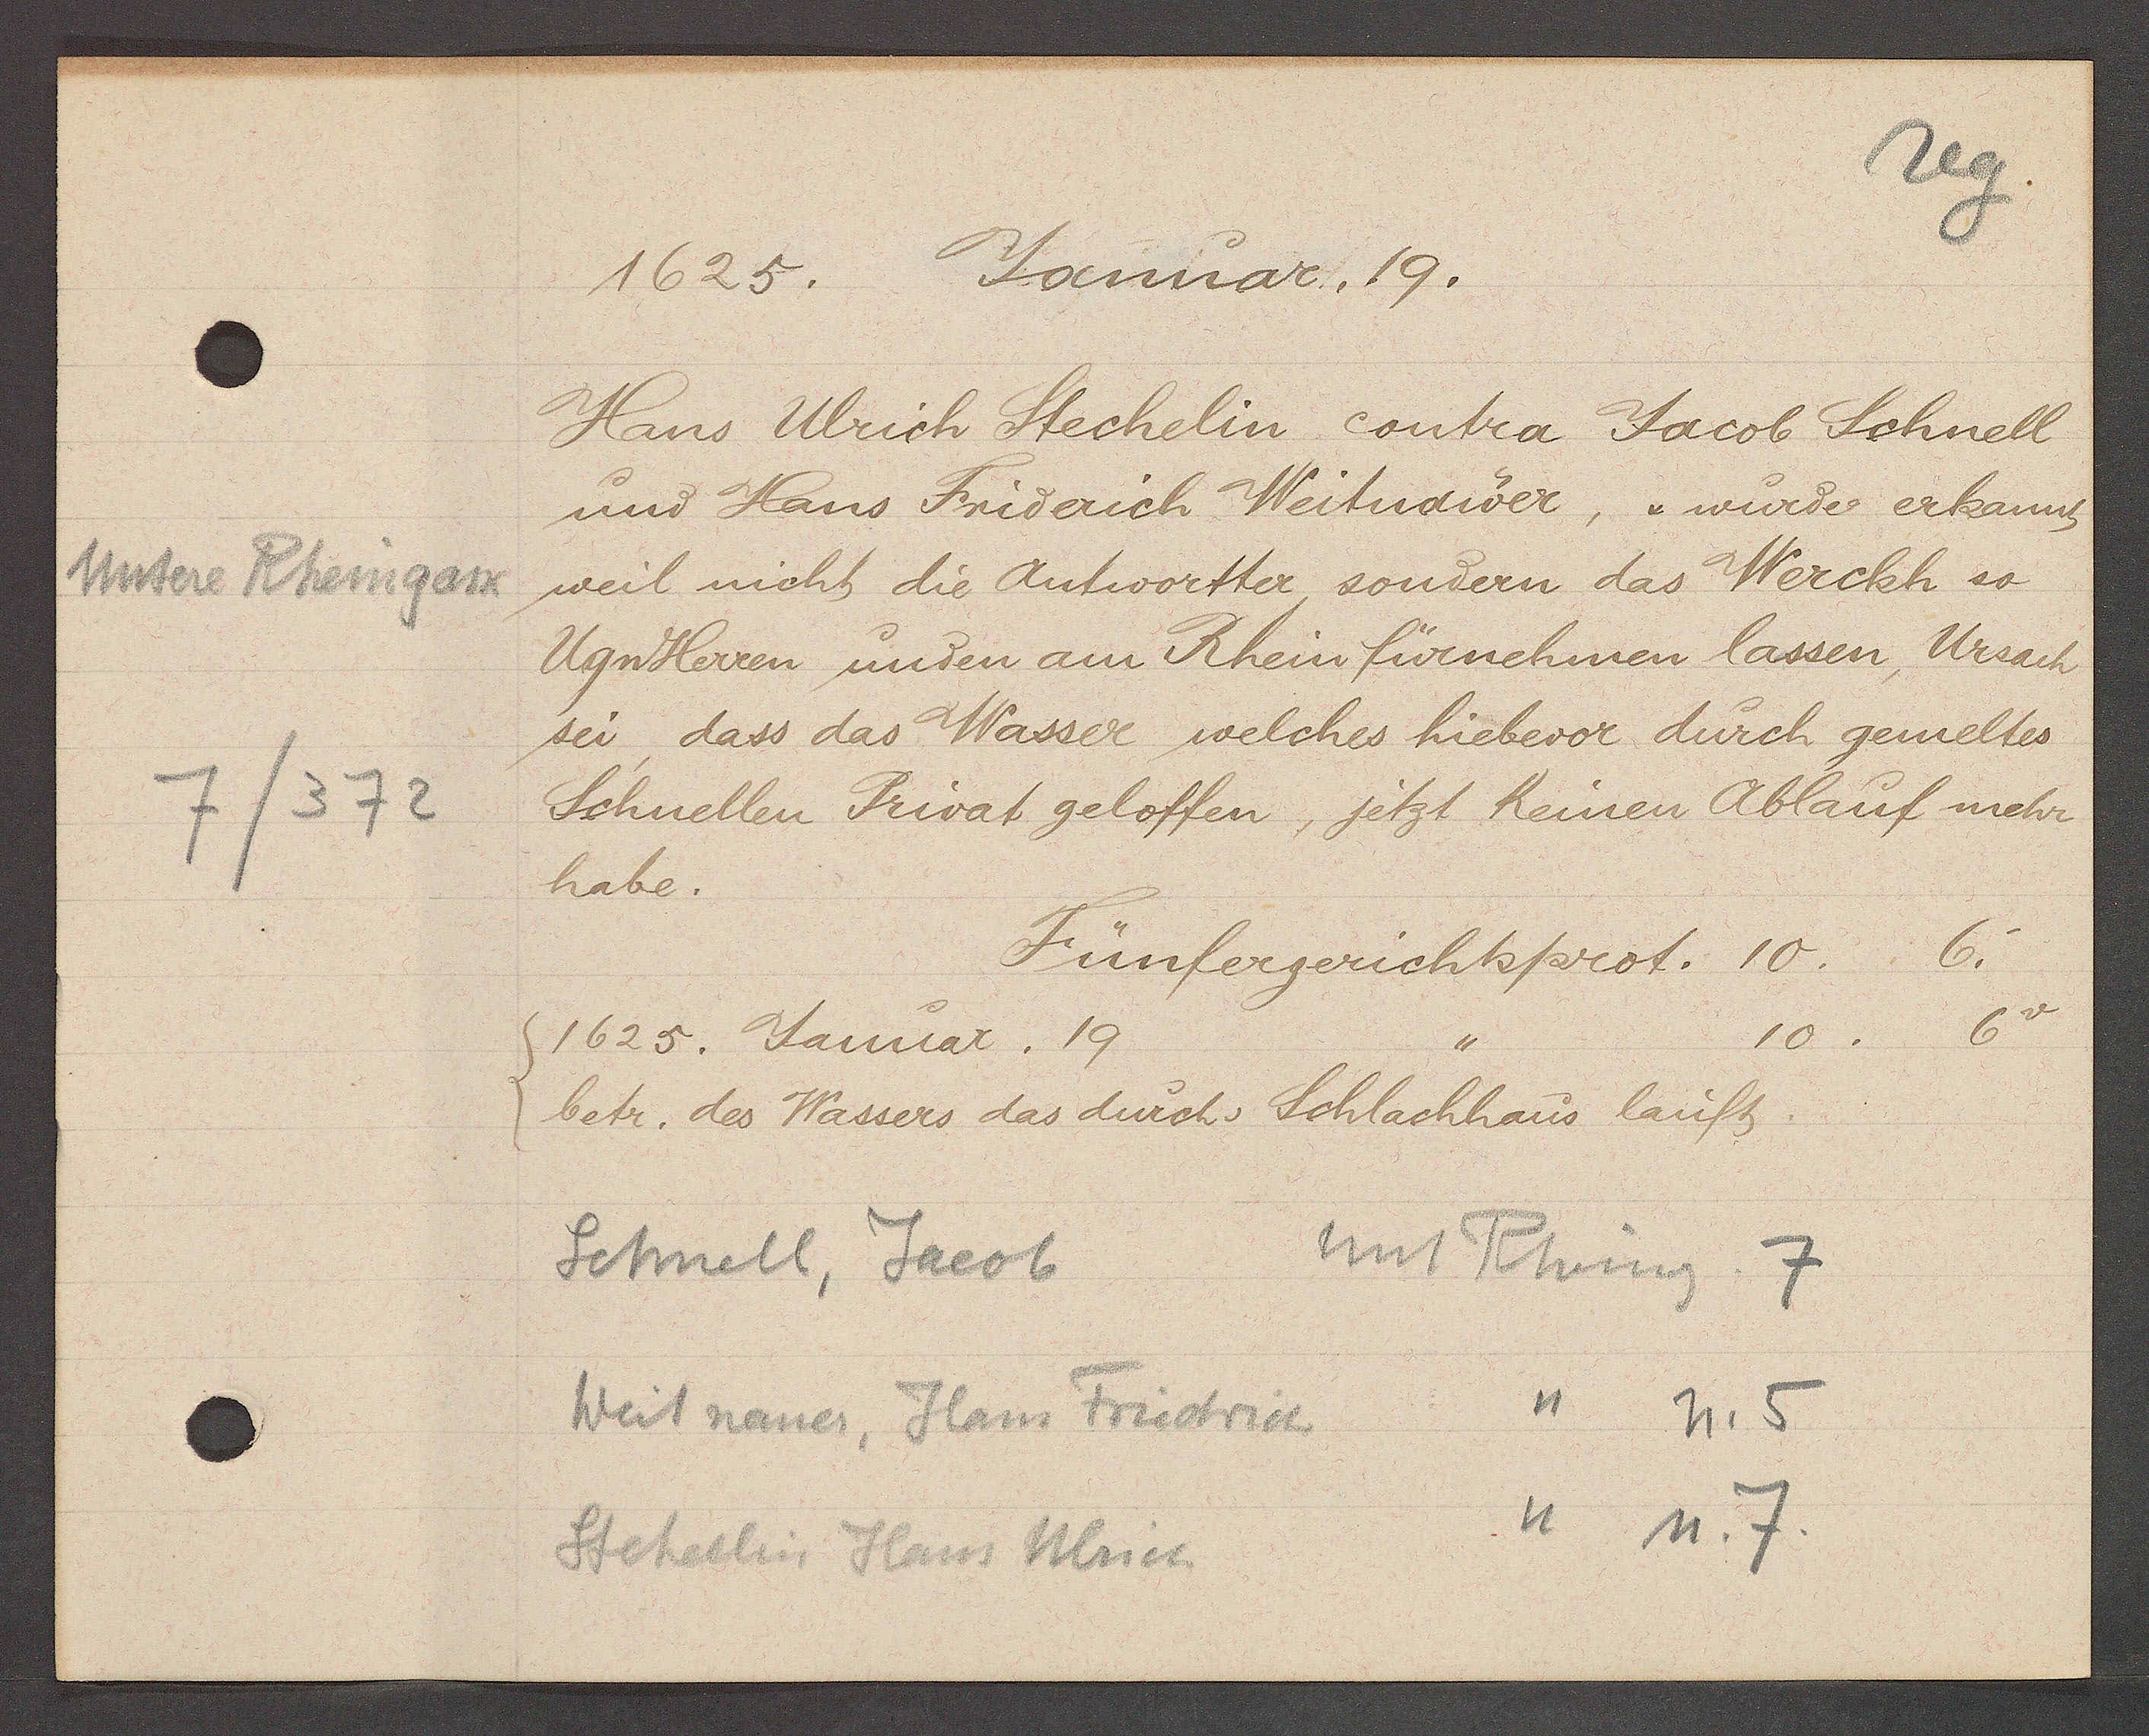
Transcript:
Untere Rheingasse
7/372

1625. Januar. 19.

Hans Ulrich Stechelin contra Jacob Schnell
und Hans Friderich Weitudwer, würder erkannt
weil nicht die Antwortter sondern das Werckh so
UgnHerren unden am Rhein fürnehmen lassen, Ursach
sei dass das Wasser welches hiebevor durch gemeltes
Schnellen Privat geloffen, jetzt Keinen Ablauf mehr
habe.

Fünfergerichtsprot. 10. 6.
6
10.
1625. Januar. 19.
betr. des Wassers das durchs Schlachhaus lauft.

unt Rheing 7
Schnell, Jacob
,, n. 5
Weit nanes, Hans Friedrich
,, n. 7.
Stehellin Hans Ulrich